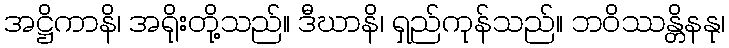
အဋ္ဌိကာနိ၊ အရိုးတို့သည်။ ဒီဃာနိ၊ ရှည်ကုန်သည်။ ဘဝိဿန္တိနနု၊